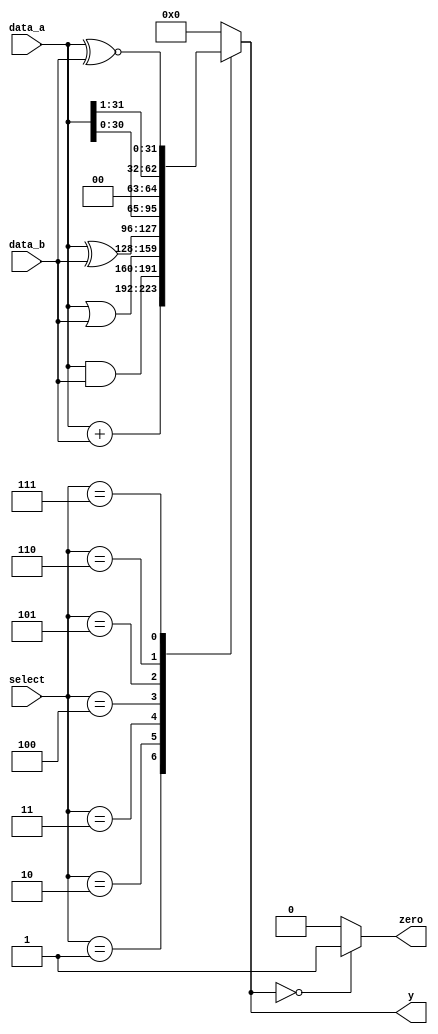
module ALU  // ARITHMETIC UNIT

#(
	parameter WIDTH = 32
)
(
	input		[WIDTH-1: 0]	data_a, data_b,
	input		[2: 0]	select,
	output reg [WIDTH-1: 0] y,
	output reg zero
);		 


always @ (*)
begin
y = 32'b0;
case (select)
3'b001:	y = data_a + data_b;
3'b010:	y = data_a & data_b;
3'b011:	y = data_a | data_b;
3'b100: y = data_a ^ data_b;
3'b101:	y = data_a << 1;
3'b110:	y = data_a >> 1;			
3'b111:	y = data_a ~^ data_b;           
default:		y = 4'b0;
endcase
zero = (y == 32'h0) ? 1'b1 : 1'b0;
end

endmodule